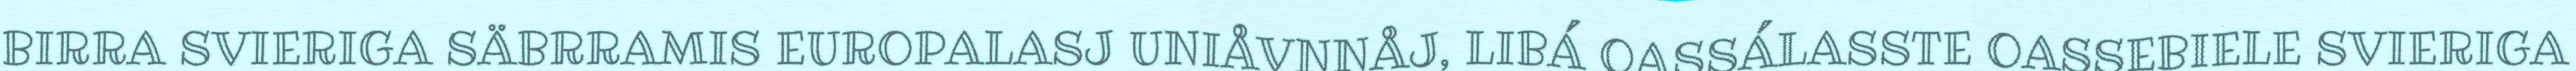
BIRRA SVIERIGA SÄBRRAMIS EUROPALASJ UNIÅVNNÅJ, LIBÁ OASSÁLASSTE OASSEBIELE SVIERIGA